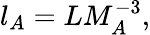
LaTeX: l_{A}=LM_{A}^{-3},